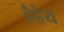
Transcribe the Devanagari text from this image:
हैहेय